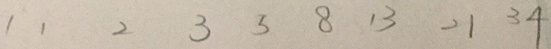
1 1 2 3 5 8 1 3 2 1 3 4